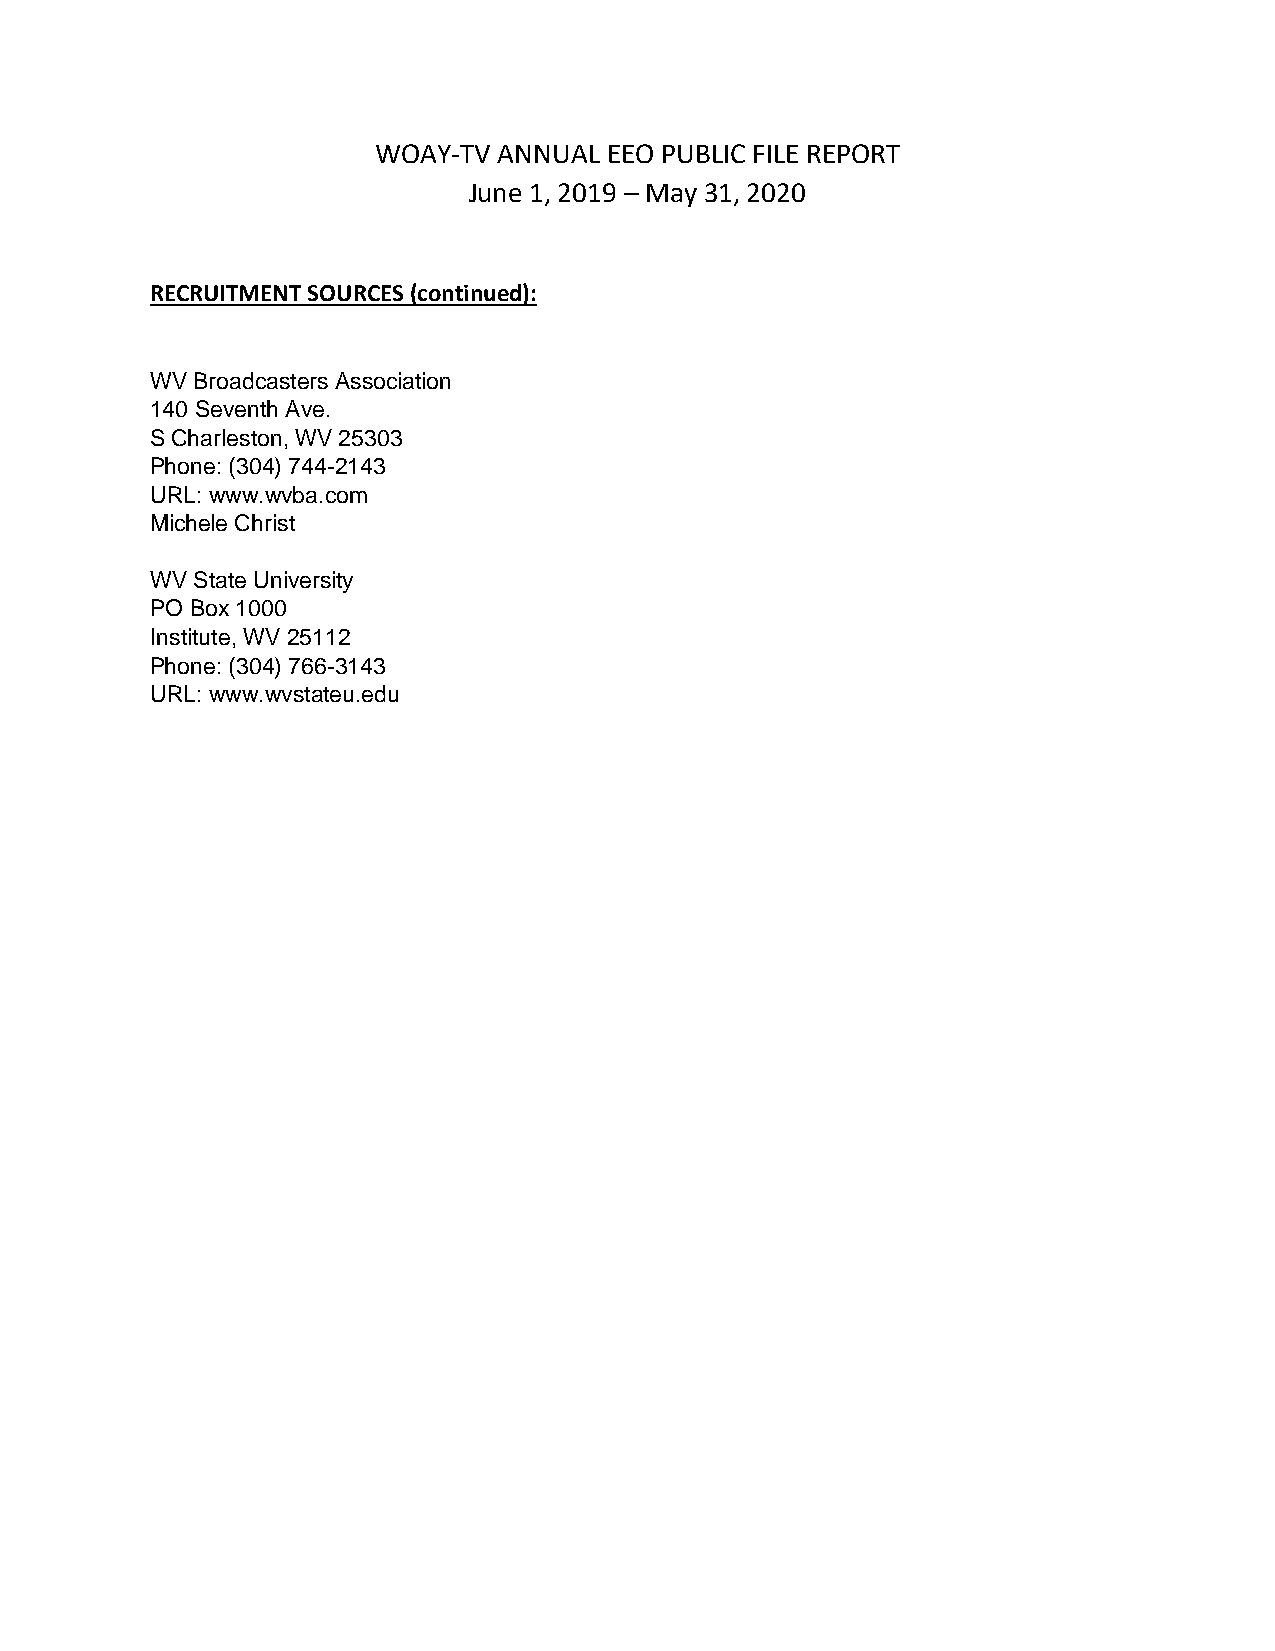
WOAY-TV ANNUAL EEO PUBLIC FILE REPORT
 June 1, 2019 – May 31, 2020
 RECRUITMENT SOURCES (continued):
 WV Broadcasters Association
 140 Seventh Ave.
 S Charleston, WV 25303
 Phone: (304) 744-2143
 URL: www.wvba.com
 Michele Christ
 WV State University
 PO Box 1000
 Institute, WV 25112
 Phone: (304) 766-3143
 URL: www.wvstateu.edu